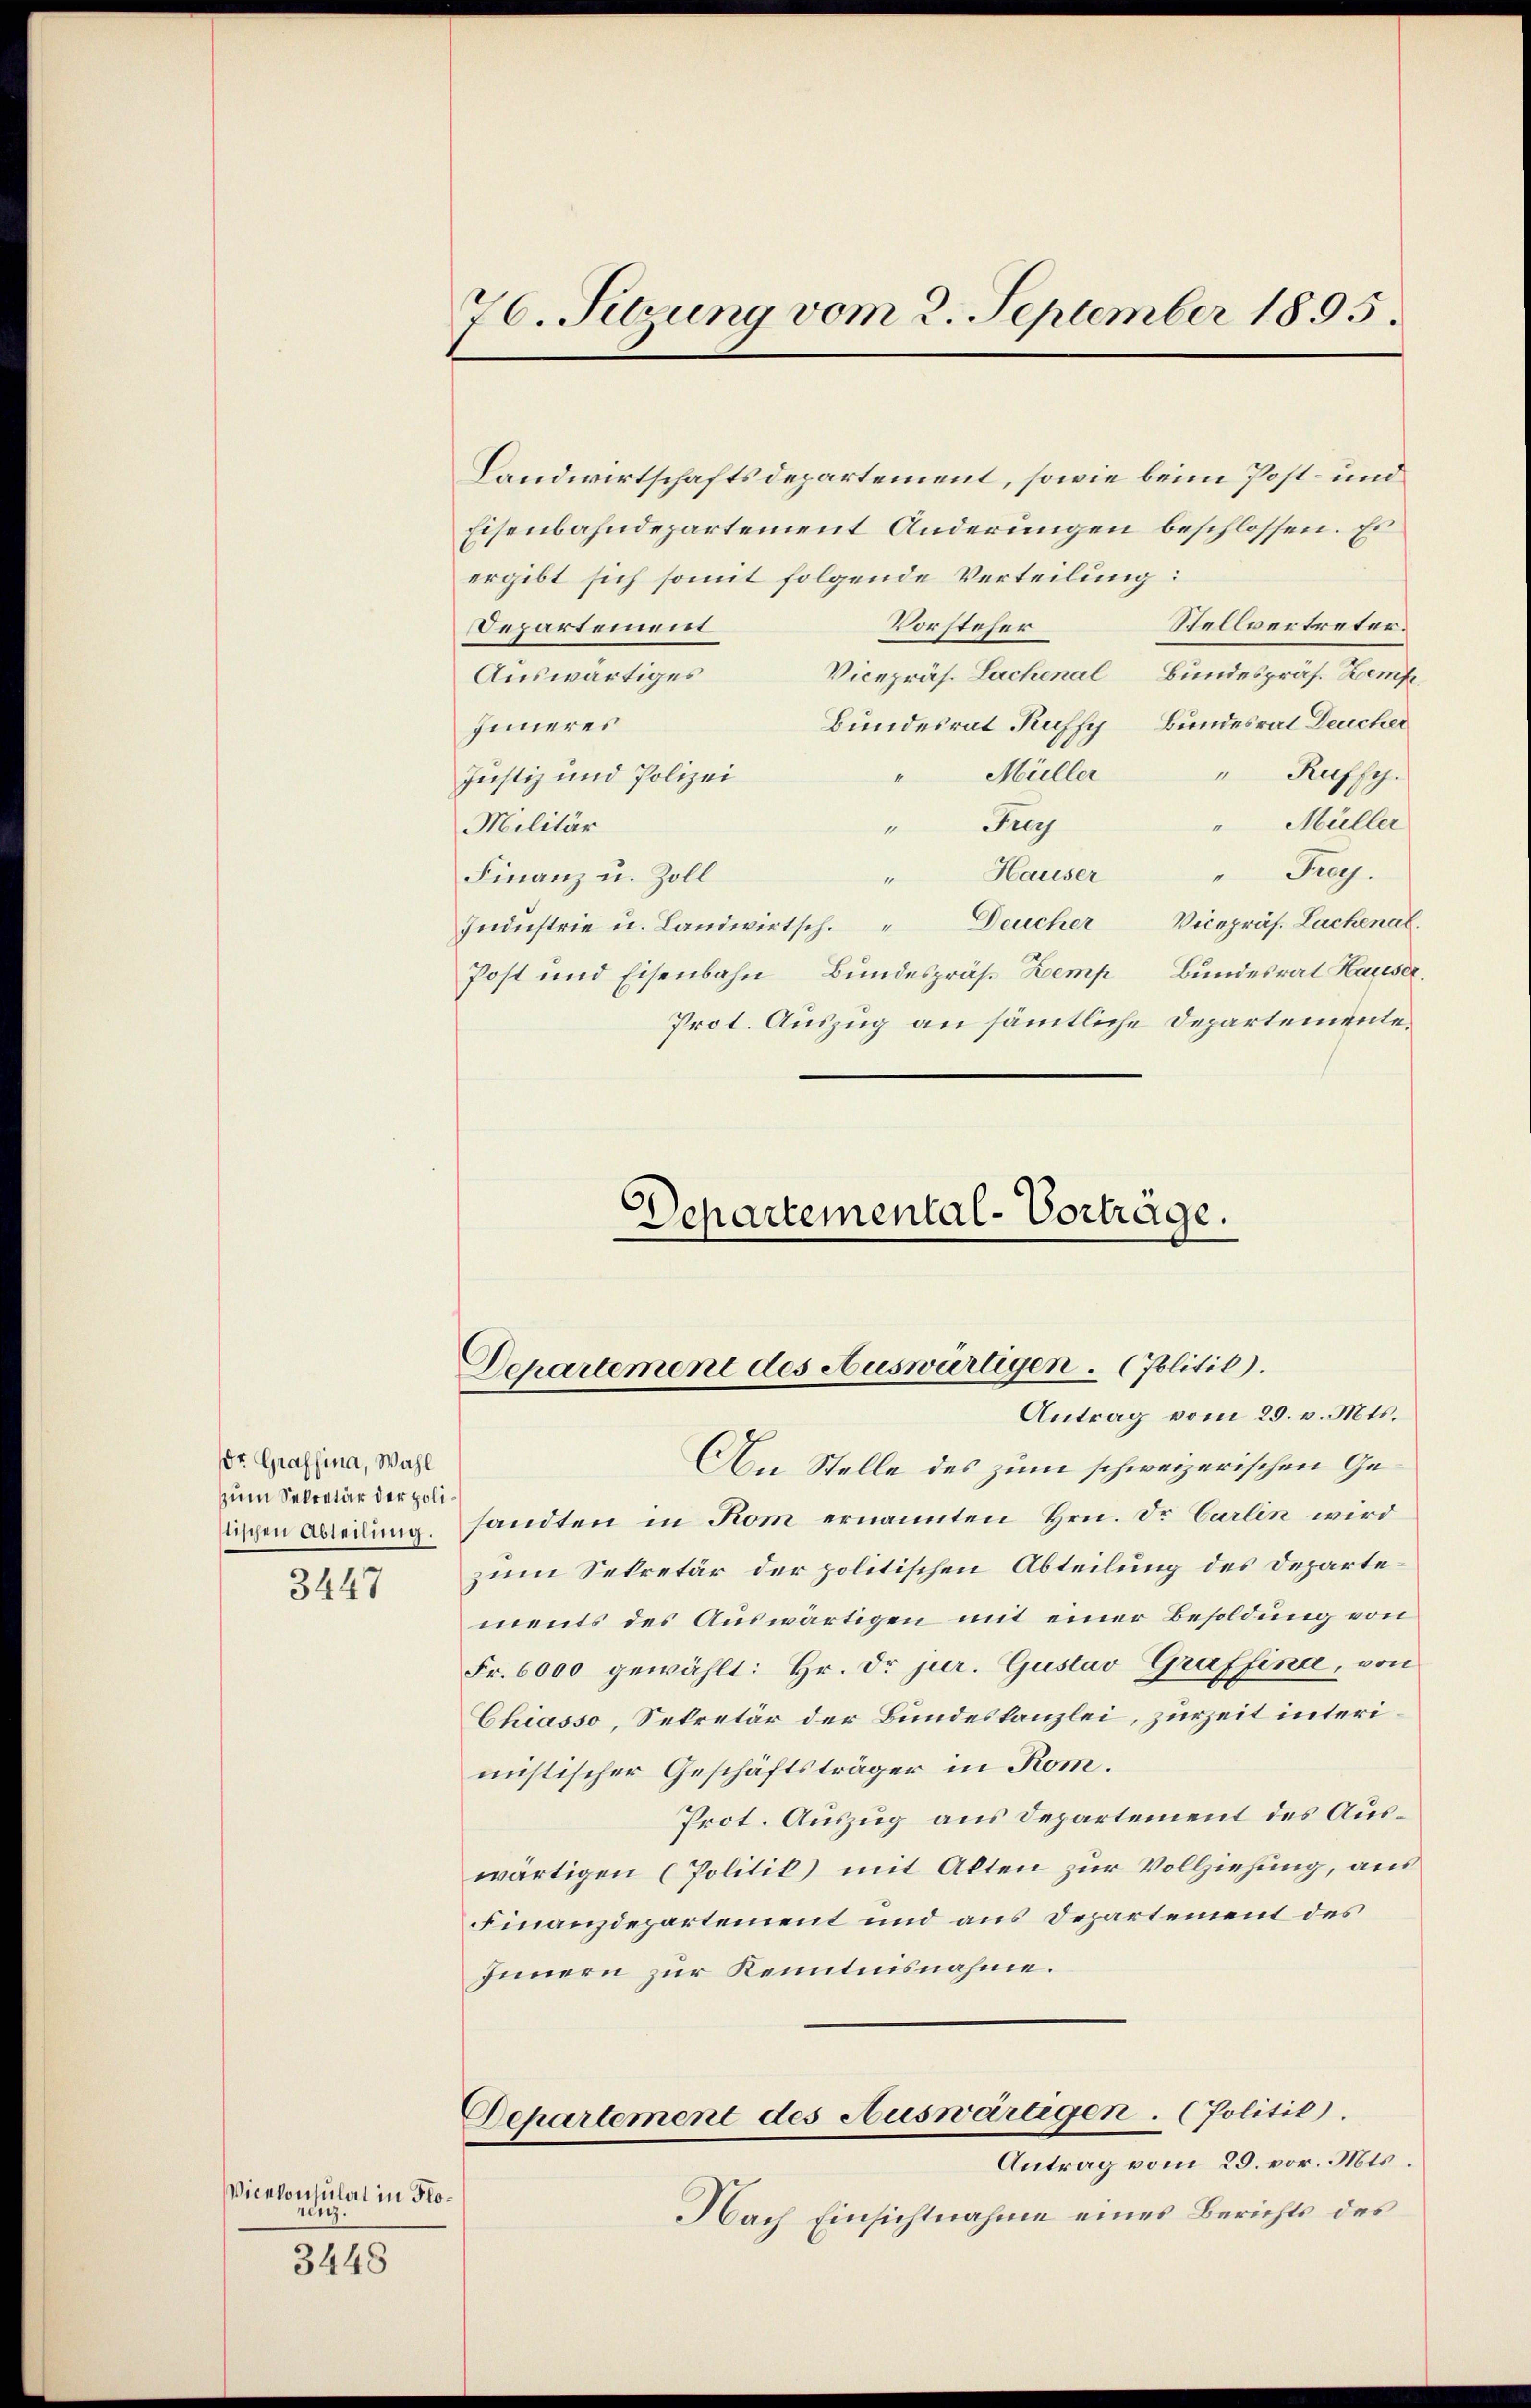
DDr. Grafsina, Wahl
zum Sekretär der poli¬
3447

Vicekonsulat in Florenz

3448

76. Sitzung vom 2. September 1895.

Landwirtschaftsdepartement, sowie beim Post- und
Eisenbahndepartement Anderungen beschlossen. Es
ergibt sich somit folgende Verteilung:
Vorsteher
Stellvertreter.
Departement
Vicepräs. Lachenal Bundespräs. Kemp
Auswärtiges
Bundesrat Ruffy Bundesrat Deucher
Inneres
"Ruffy.
" Müller
Justiz und Polizei
" Müller
" Frey
Militär
" Frey.
Hauser
Finanz u. Zoll
1
Indŭstrie u. Landwirtsch." Deucher Vicepräs. Lachenal.
Bundesrat Hauser.
Post und Eisenbahn Bundespräs. Kemp
Prot. Auszug an sämtliche Departemente¬

Schartemental-Vorträge.
Departement des Auswärtigen. (Politik).
Antrag vom 25. v. Mts.

An Stelle des zum schweizerischen Gedigen Beding sandten in Rom ernannten Hrn. Dr. Carlin wird
zum Sekretär der politischen Abteilung des Departements des Auswärtigen mit einer Besoldung von
Fr. 6000 gewählt: Hr. Dr jur. Gustav Graffina, von
Chiasso, Sekretär der Bundeskanzlei, zurZeit interimistischer Geschäftsträger in Rom.
Prot. Auszug aus Departement des Auswärtigen (Politik mit Alten zur Vollziehung, aus
Finanzdepartement und aus Departement des
Innern zur Kenntnisnahme.
Departement des Auswärtigen. (Politik).
Antrag vom 29. vor. Mts.
Nach Einsichtnahme eines Berichts des